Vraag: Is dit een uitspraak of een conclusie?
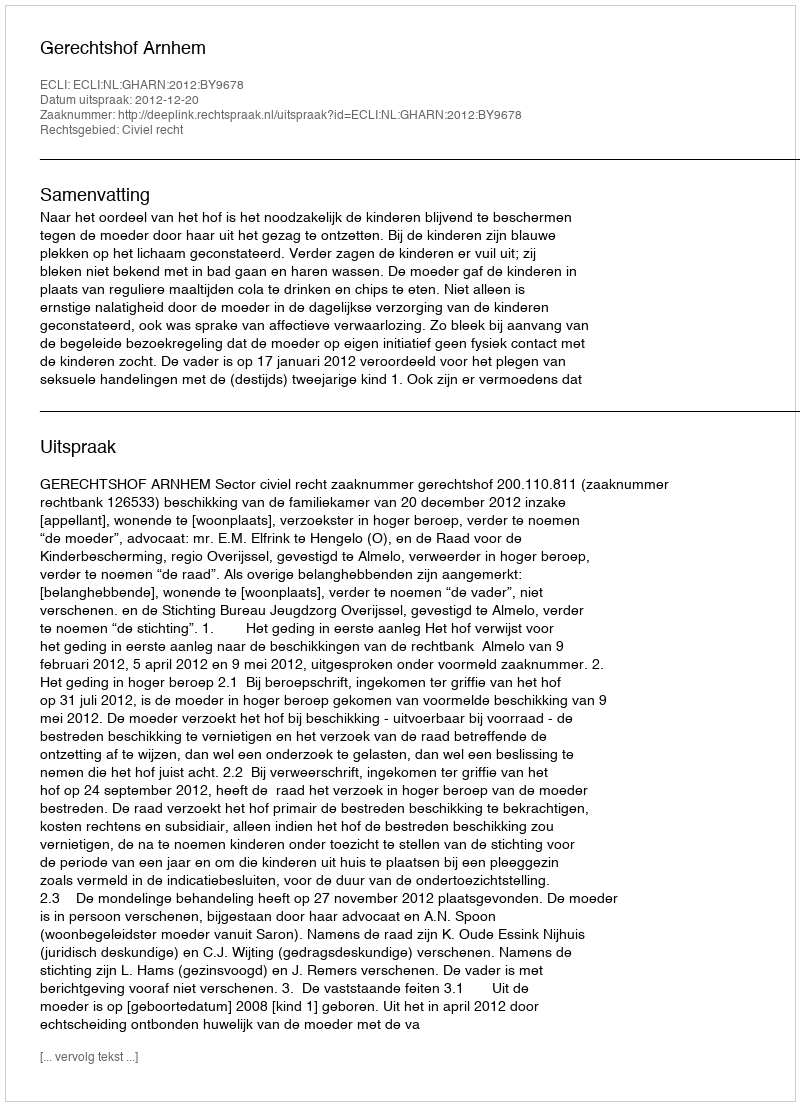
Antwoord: Uitspraak